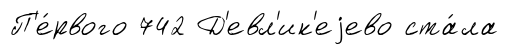
П'е́рвого 742 Д'евл'ик'еjево ста́ла